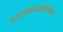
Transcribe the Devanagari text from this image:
डायसलिपोप्रोटीनेमिया